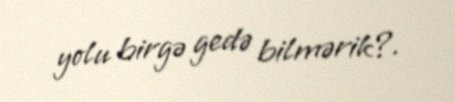
yolu birgə gedə bilmərik?.